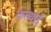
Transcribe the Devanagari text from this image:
कत्थाई